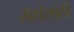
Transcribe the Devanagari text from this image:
रोटांसाठी